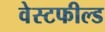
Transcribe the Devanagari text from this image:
वेस्टफील्ड